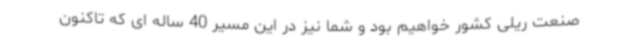
صنعت ریلی کشور خواهیم بود و شما نیز در این مسیر 40 ساله ای که تاکنون